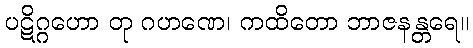
ပဋိဂ္ဂဟော တု ဂဟဏေ၊ ကထိတော ဘာဇနန္တရေ။